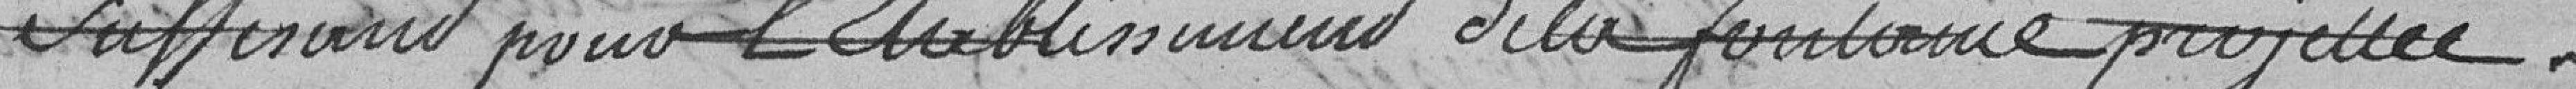
suffisant pour l'établissement de la fontaine projetée